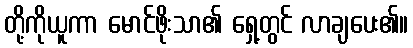
တို့ကိုယူကာ မောင်ဖိုးသာ၏ ရှေ့တွင် လာချပေး၏။